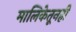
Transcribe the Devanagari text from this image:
मालिकेतूनही